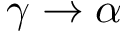
\gamma \rightarrow \alpha